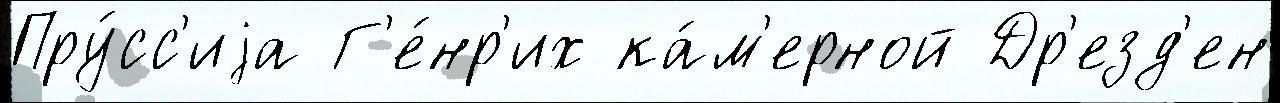
Пру́сс'иjа Г'е́нр'их ка́м'ерной Др'езд'ен